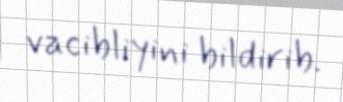
vacibliyini bildirib.